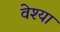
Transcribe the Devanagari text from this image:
वेश्‍या